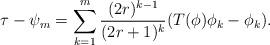
LaTeX: \begin{align*}\tau -\psi _m=\sum _{k=1}^m\frac {(2r)^{k-1}}{(2r+1)^k}(T(\phi )\phi _k-\phi _k).\end{align*}